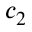
c _ { 2 }